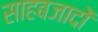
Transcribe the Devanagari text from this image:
साहबजादों